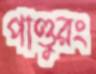
পাণ্ডুরং